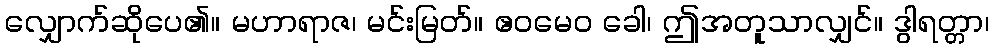
လျှောက်ဆိုပေ၏။ မဟာရာဇ၊ မင်းမြတ်။ ဧဝမေဝ ခေါ၊ ဤအတူသာလျှင်။ ဒွါရတ္တာ၊